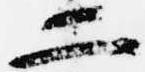
二